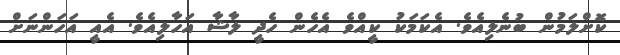
ކޮށްލަމުން ބުނެލިއެވެ. އެކަމަކު ކީއްވެ އެހެން ހެދީ ލާޝާ އަހާލިއެވެ. އެއީ އަހަންނަށް